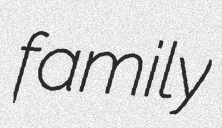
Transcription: family